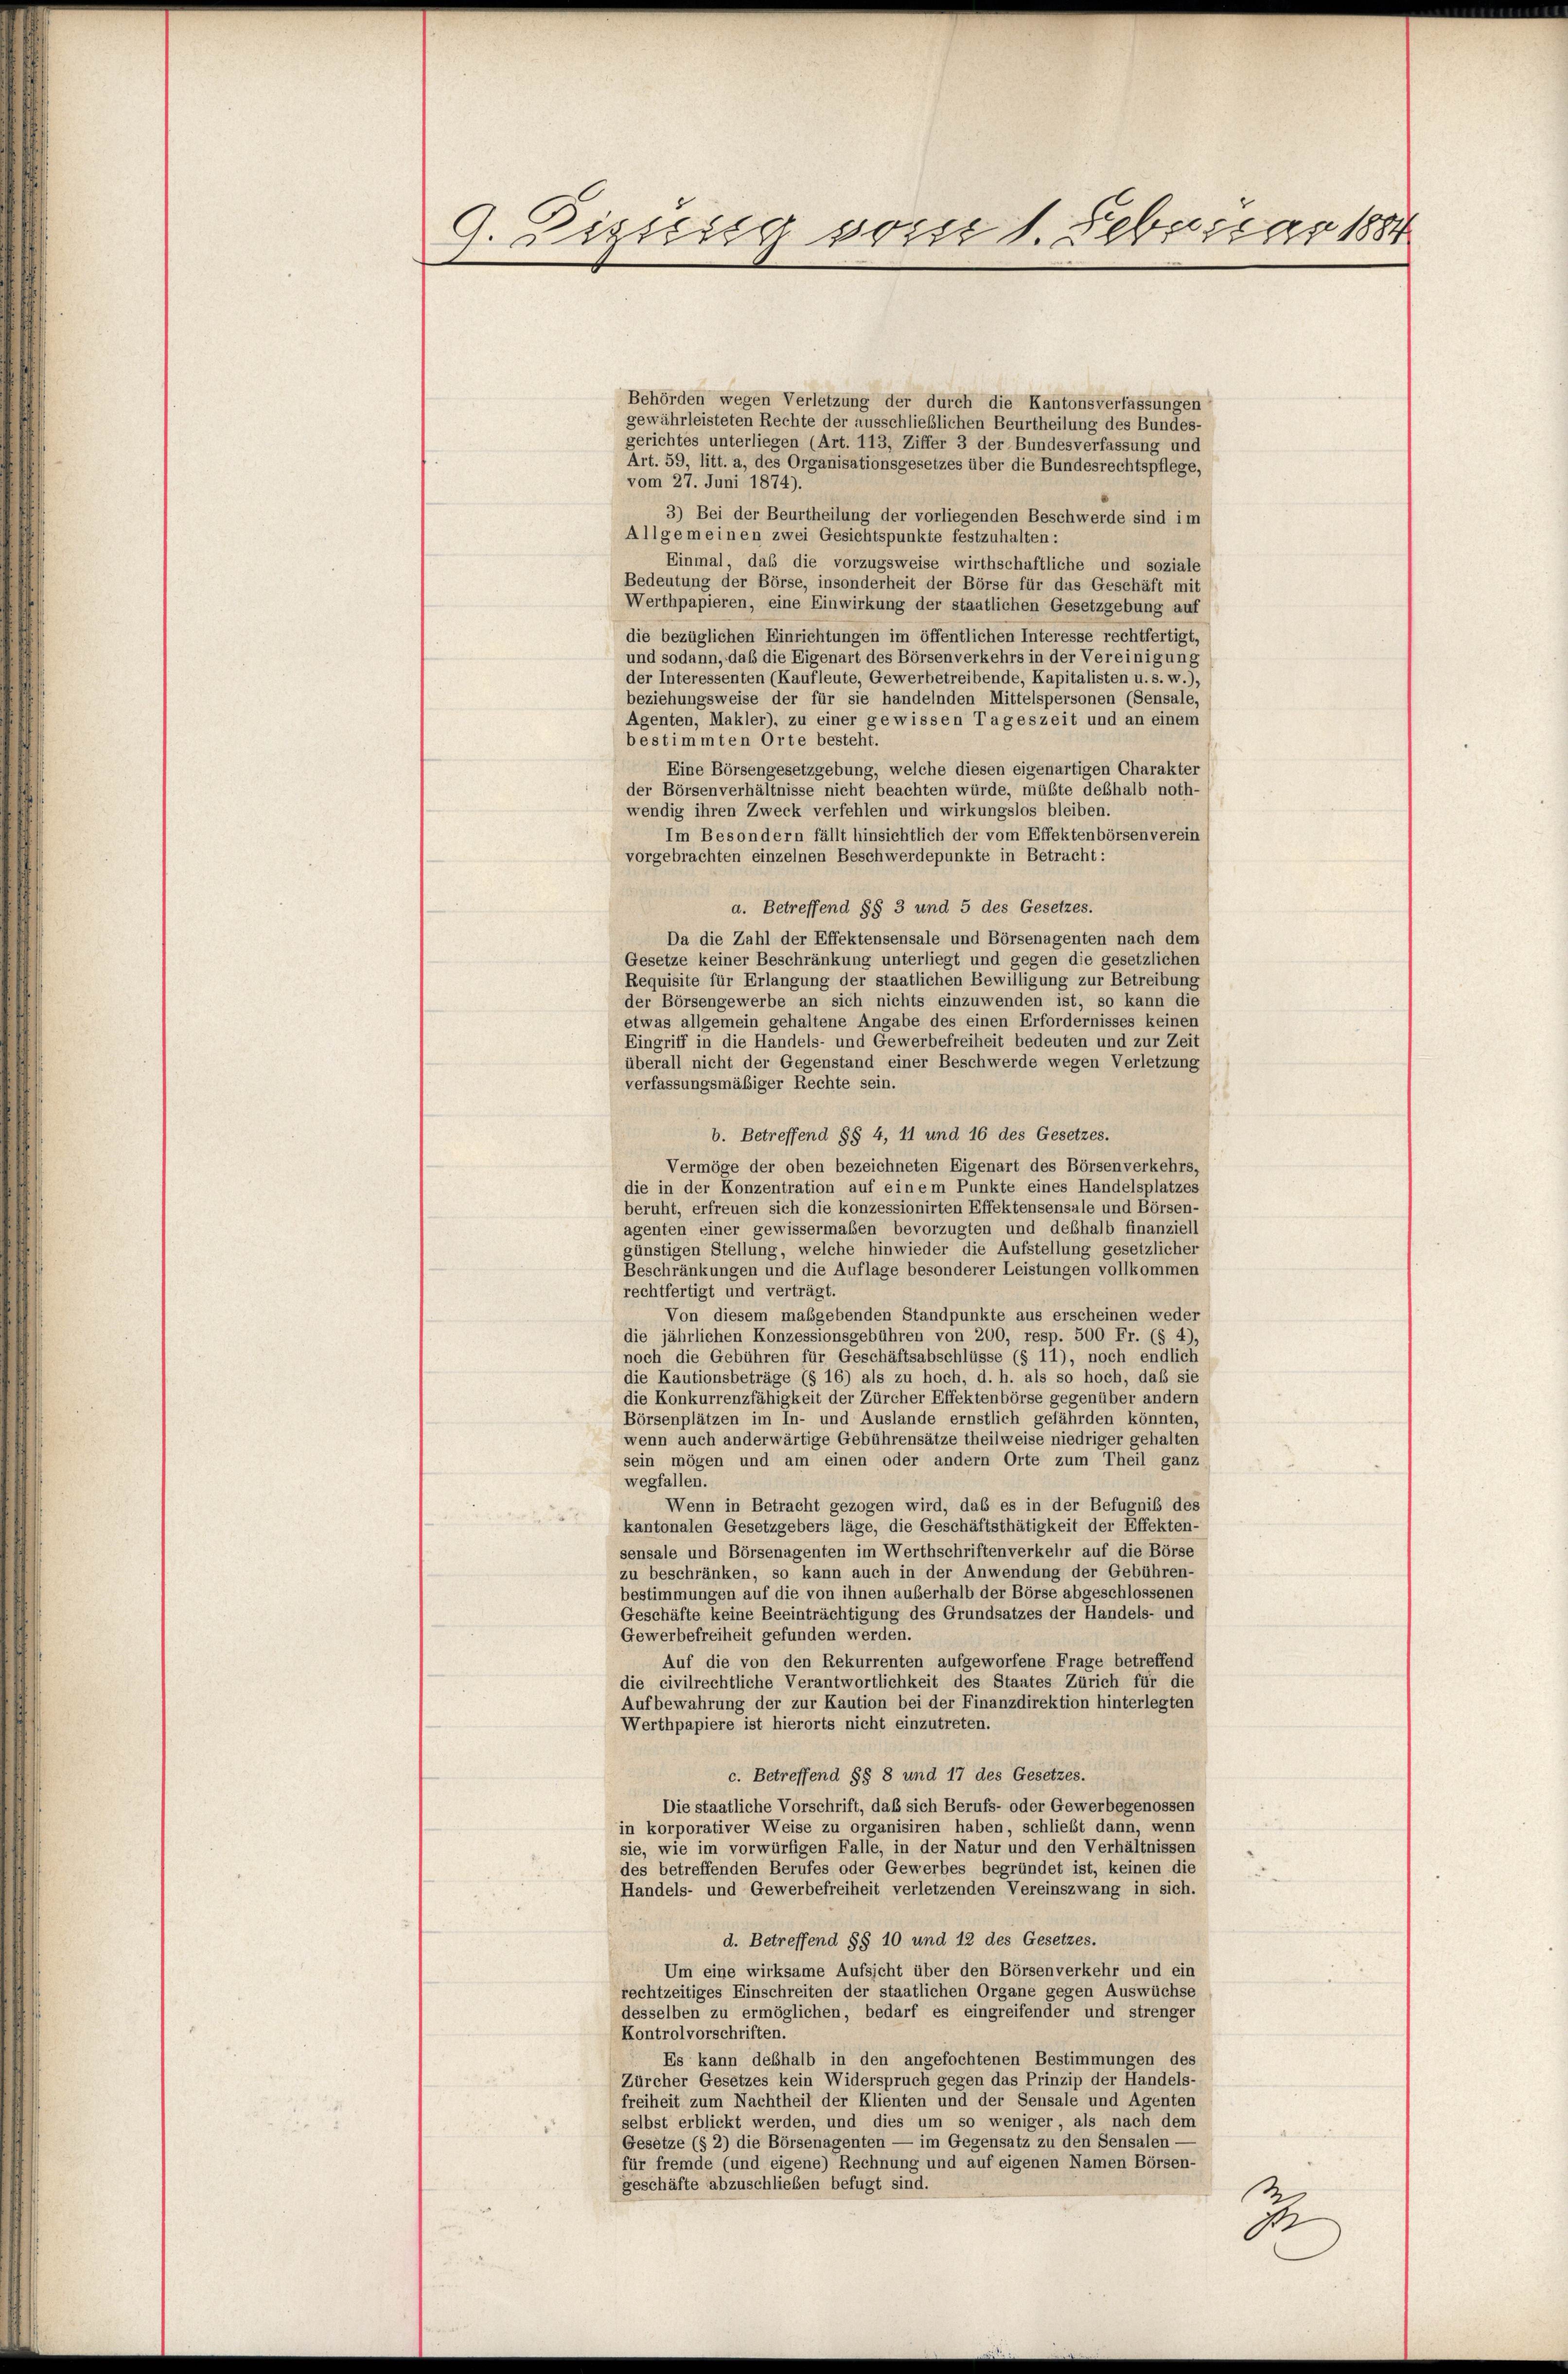
A. Distig vom 1. Febunge 1884

Behörden wegen Verletzung der durch die Kantonsverfassungen
gewährleisteten Rechte der ausschließlichen Beurtheilung des Bundes-
gerichtes unterliegen (Art. 113, Ziffer 3 der Bundesverfassung und
Art. 59, litt. a, des Organisationsgesetzes über die Bundesrechtspflege,
vom 27. Juni 1874).
3) Bei der Beurtheilung der vorliegenden Beschwerde sind im
Allgemeinen zwei Gesichtspunkte festzuhalten:
Einmal, daß die vorzugsweise wirthschaftliche und soziale
Bedeutung der Börse, insonderheit der Börse für das Geschäft mit
Werthpapieren, eine Einwirkung der staatlichen Gesetzgebung auf
die bezüglichen Einrichtungen im öffentlichen Interesse rechtfertigt,
und sodann, daß die Eigenart des Börsenverkehrs in der Vereinigung
der Interessenten (Kaufleute, Gewerbetreibende, Kapitalisten u. s. w.),
beziehungsweise der für sie handelnden Mittelspersonen (Sensale,
Agenten, Makler), zu einer gewissen Tageszeit und an einem
bestimmten Orte besteht.
Eine Börsengesetzgebung, welche diesen eigenartigen Charakter
der Börsenverhältnisse nicht beachten würde, müßte deshalb noth-
wendig ihren Zweck verfehlen und wirkungslos bleiben.
Im Besondern fällt hinsichtlich der vom Effektenbörsenverein
vorgebrachten einzelnen Beschwerdepunkte in Betracht:
a. Betreffend §§ 3 und 5 des Gesetzes.
Da die Zahl der Effektensensale und Börsenagenten nach dem
Gesetze keiner Beschränkung unterliegt und gegen die gesetzlichen
Requisite für Erlangung der staatlichen Bewilligung zur Betreibung
der Börsengewerbe an sich nichts einzuwenden ist, so kann die
etwas allgemein gehaltene Angabe des einen Erfordernisses keinen
Eingriff in die Handels- und Gewerbefreiheit bedeuten und zur Zeit
überall nicht der Gegenstand einer Beschwerde wegen Verletzung
verfassungsmäßiger Rechte sein.
b. Betreffend §§ 4, 11 und 16 des Gesetzes.
Vermöge der oben bezeichneten Eigenart des Börsenverkehrs,
die in der Konzentration auf einem Punkte eines Handelsplatzes
beruht, erfreuen sich die konzessionirten Effektensensale und Börsen-
agenten einer gewissermaßen bevorzugten und deßhalb finanziell
günstigen Stellung, welche hinwieder die Aufstellung gesetzlicher
Beschränkungen und die Auflage besonderer Leistungen vollkommen
rechtfertigt und verträgt.
Von diesem maßgebenden Standpunkte aus erscheinen weder
die jährlichen Konzessionsgebühren von 200, resp. 500 Fr. (§ 4),
noch die Gebühren für Geschäftsabschlüsse (§ 11), noch endlich
die Kautionsbeträge (§ 16) als zu hoch, d. h. als so hoch, daß sie
die Konkurrenzfähigkeit der Zürcher Effektenbörse gegenüber andern
Börsenplätzen im In- und Auslande ernstlich gefährden könnten,
wenn auch anderwärtige Gebührensätze theilweise niedriger gehalten
sein mögen und am einen oder andern Orte zum Theil ganz
wegfallen.
Wenn in Betracht gezogen wird, das es in der Befugnis des
kantonalen Gesetzgebers läge, die Geschäftsthätigkeit der Effekten-
sensale und Börsenagenten im Werthschriften verkehr auf die Börse
zu beschränken, so kann auch in der Anwendung der Gebühren-
bestimmungen auf die von ihnen außerhalb der Börse abgeschlossenen
Geschäfte keine Beeinträchtigung des Grundsatzes der Handels- und
Gewerbefreiheit gefunden werden.
Auf die von den Rekurrenten aufgeworfene Frage betreffend
die civilrechtliche Verantwortlichkeit des Staates Zürich für die
Aufbewahrung der zur Kaution bei der Finanzdirektion hinterlegten
Werthpapiere ist hierorts nicht einzutreten.
c. Betreffend §§ 8 und 17 des Gesetzes.
Die staatliche Vorschrift, daß sich Berufs- oder Gewerbegenossen
in korporativer Weise zu organisiren haben, schließt dann, wenn
sie, wie im vorwürfigen Falle, in der Natur und den Verhältnissen
des betreffenden Berufes oder Gewerbes begründet ist, keinen die
Handels- und Gewerbefreiheit verletzenden Vereinszwang in sich.
d. Betreffend §§ 10 und 12 des Gesetzes.
Um eine wirksame Aufsicht über den Börsenverkehr und ein
rechtzeitiges Einschreiten der staatlichen Organe gegen Auswüchse
desselben zu ermöglichen, bedarf es eingreifender und strenger
Kontrolvorschriften.
Es kann deshalb in den angefochtenen Bestimmungen des
Zürcher Gesetzes kein Widerspruch gegen das Prinzip der Handels-
freiheit zum Nachtheil der Klienten und der Sensale und Agenten
selbst erblickt werden, und dies um so weniger, als nach dem
Gesetze (§ 2) die Börsenagenten — im Gegensatz zu den Sensalen-
für fremde (und eigene) Rechnung und auf eigenen Namen Börsen-
geschäfte abzuschließen befugt sind.
3